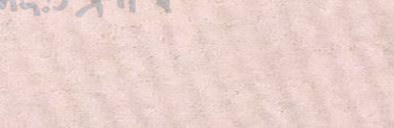
محلات بيع الزهور الطازجة: